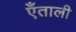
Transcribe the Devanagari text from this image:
एँताली